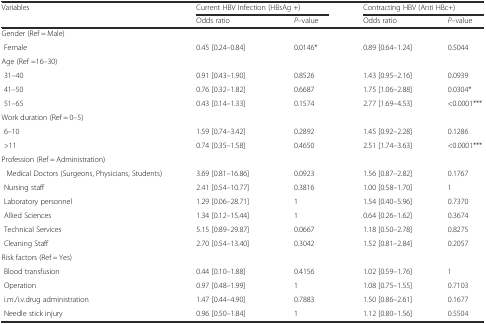
<table><thead><tr><td><b>Variables</b></td><td colspan="2"><b>Current HBV Infection (HBsAg +)</b></td><td colspan="2"><b>Contracting HBV (Anti HBc+)</b></td></tr><tr><td></td><td><b>Odds ratio</b></td><td><b><i>P</i>–value</b></td><td><b>Odds ratio</b></td><td><b><i>P</i>–value</b></td></tr></thead><tbody><tr><td colspan="5">Gender (Ref = Male)</td></tr><tr><td> Female</td><td>0.45 [0.24–0.84]</td><td>0.0146*</td><td>0.89 [0.64–1.24]</td><td>0.5044</td></tr><tr><td colspan="5">Age (Ref =16–30)</td></tr><tr><td> 31–40</td><td>0.91 [0.43–1.90]</td><td>0.8526</td><td>1.43 [0.95–2.16]</td><td>0.0939</td></tr><tr><td> 41–50</td><td>0.76 [0.32–1.82]</td><td>0.6687</td><td>1.75 [1.06–2.88]</td><td>0.0304*</td></tr><tr><td> 51–65</td><td>0.43 [0.14–1.33]</td><td>0.1574</td><td>2.77 [1.69–4.53]</td><td>&lt;0.0001***</td></tr><tr><td>Work duration (Ref = 0–5)</td><td></td><td></td><td></td><td></td></tr><tr><td> 6–10</td><td>1.59 [0.74–3.42]</td><td>0.2892</td><td>1.45 [0.92–2.28]</td><td>0.1286</td></tr><tr><td> &gt;11</td><td>0.74 [0.35–1.58]</td><td>0.4650</td><td>2.51 [1.74–3.63]</td><td>&lt;0.0001***</td></tr><tr><td colspan="5">Profession (Ref = Administration)</td></tr><tr><td> Medical Doctors (Surgeons, Physicians, Students)</td><td>3.69 [0.81–16.86]</td><td>0.0923</td><td>1.56 [0.87–2.82]</td><td>0.1767</td></tr><tr><td> Nursing staff</td><td>2.41 [0.54–10.77]</td><td>0.3816</td><td>1.00 [0.58–1.70]</td><td>1</td></tr><tr><td> Laboratory personnel</td><td>1.29 [0.06–28.71]</td><td>1</td><td>1.54 [0.40–5.96]</td><td>0.7370</td></tr><tr><td> Allied Sciences</td><td>1.34 [0.12–15.44]</td><td>1</td><td>0.64 [0.26–1.62]</td><td>0.3674</td></tr><tr><td> Technical Services</td><td>5.15 [0.89–29.87]</td><td>0.0667</td><td>1.18 [0.50–2.78]</td><td>0.8275</td></tr><tr><td> Cleaning Staff</td><td>2.70 [0.54–13.40]</td><td>0.3042</td><td>1.52 [0.81–2.84]</td><td>0.2057</td></tr><tr><td colspan="5">Risk factors (Ref = Yes)</td></tr><tr><td> Blood transfusion</td><td>0.44 [0.10–1.88]</td><td>0.4156</td><td>1.02 [0.59–1.76]</td><td>1</td></tr><tr><td> Operation</td><td>0.97 [0.48–1.99]</td><td>1</td><td>1.08 [0.75–1.55]</td><td>0.7103</td></tr><tr><td> i.m./i.v.drug administration</td><td>1.47 [0.44–4.90]</td><td>0.7883</td><td>1.50 [0.86–2.61]</td><td>0.1677</td></tr><tr><td> Needle stick injury</td><td>0.96 [0.50–1.84]</td><td>1</td><td>1.12 [0.80–1.56]</td><td>0.5504</td></tr></tbody></table>